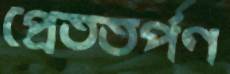
প্রেততর্পণ